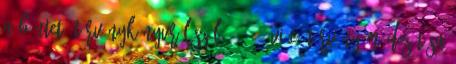
A Büntető Törvénykönyvről szóló 2012. évi C. törvény módosítása